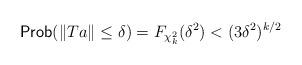
LaTeX: \begin{align*} \mbox{\sf Prob}(\|Ta\| \le \delta ) = F_{\chi_k^2}(\delta^2) < (3\delta^2)^{k/2} \end{align*}